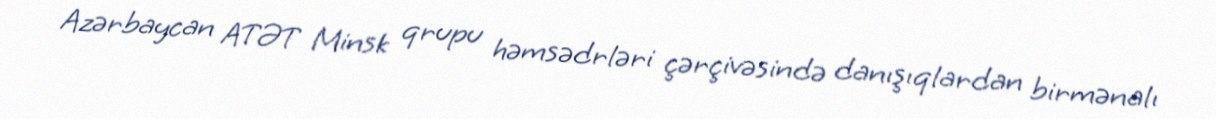
Azərbaycan ATƏT Minsk qrupu həmsədrləri çərçivəsində danışıqlardan birmənalı